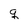
Character: q